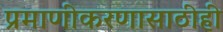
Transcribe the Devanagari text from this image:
प्रमाणीकरणासाठीही